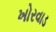
ખોરવાડ